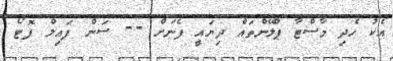
އެކު ހެދި މާސްޓާ ޕްލޭންތައް ދިޔައީ ފެނަށް -- ސަން ފައިލް ފޮޓޯ